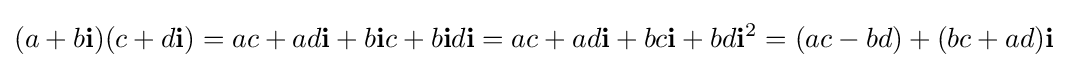
(a+b\mathbf {i} )(c+d\mathbf {i} )=ac+ad\mathbf {i} +b\mathbf {i} c+b\mathbf {i} d\mathbf {i} =ac+ad\mathbf {i} +bc\mathbf {i} +bd\mathbf {i} ^{2}=(ac-bd)+(bc+ad)\mathbf {i}